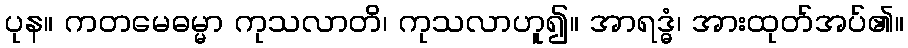
ပုန။ ကတမေဓမ္မာ ကုသလာတိ၊ ကုသလာဟူ၍။ အာရဒ္ဓံ၊ အားထုတ်အပ်၏။